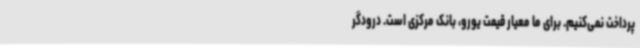
پرداخت نمی‌کنیم. برای ما معیار قیمت یورو، بانک مرکزی است. درودگر